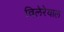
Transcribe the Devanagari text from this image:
विलेरेयाल